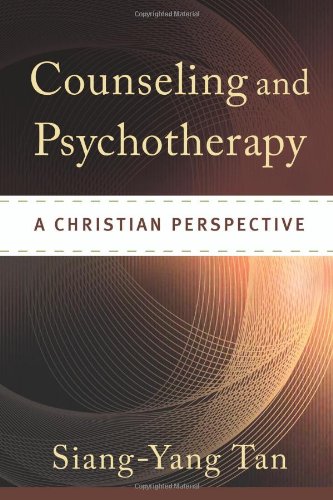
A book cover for Counseling and Psychotherapy: A Christian Perspective; Siang-Yang Tan; Christian Books & Bibles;